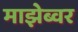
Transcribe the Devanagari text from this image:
माझेब्वर